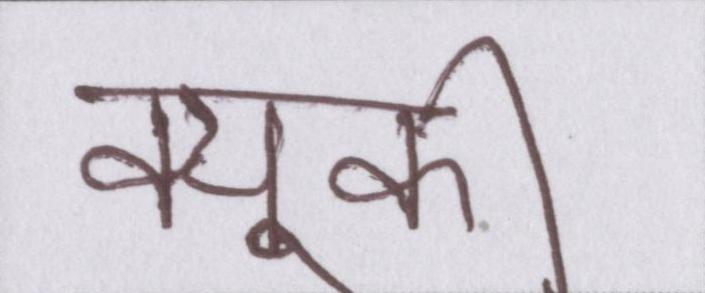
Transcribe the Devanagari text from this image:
क्युकी